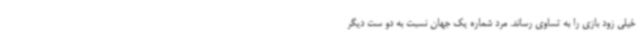
خیلی زود بازی را به تساوی رساند. مرد شماره یک جهان نسبت به دو ست دیگر